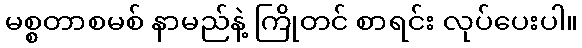
မစ္စတာစမစ် နာမည်နဲ့ ကြိုတင် စာရင်း လုပ်ပေးပါ။